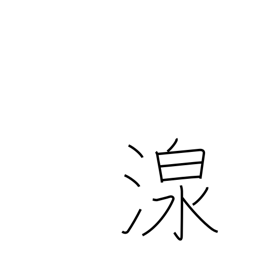
Meaning: spring